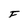
Character: F